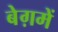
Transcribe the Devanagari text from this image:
बेग़में